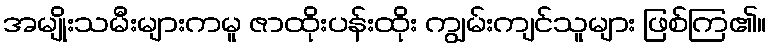
အမျိုးသမီးများကမူ ဇာထိုးပန်းထိုး ကျွမ်းကျင်သူများ ဖြစ်ကြ၏။